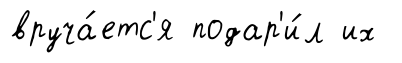
вруча́етс'я подар'и́л их